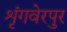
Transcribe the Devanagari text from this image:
शृंगवेरपुर